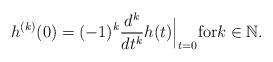
LaTeX: \begin{align*}h^{(k)}(0) = (-1)^k \frac{d^k}{dt^k} h(t)\Big|_{t=0} \mbox{for} k\in\mathbb{N}.\end{align*}